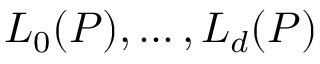
L _ { 0 } ( P ) , \dots , L _ { d } ( P )